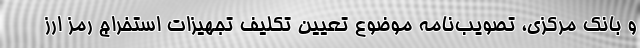
و بانک مرکزی، تصویب‌نامه موضوع تعیین تکلیف تجهیزات استخراج رمز ارز